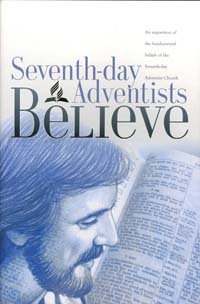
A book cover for Seventh-Day Adventists Believe; Christian Books & Bibles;